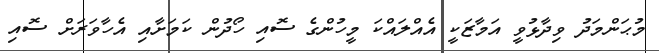
މުޙަންމަދު ވިދާޅުވީ އަމާޒަކީ އެއްލައްކަ މީހުންގެ ސޮއި ހޯދުން ކަމަށާއި އެހާވަރަށް ސޮއި